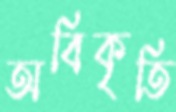
অবিকৃতি